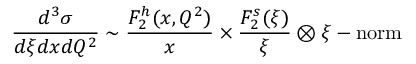
\frac { d ^ { 3 } \sigma } { d \xi d x d Q ^ { 2 } } \sim \frac { F _ { 2 } ^ { h } ( x , Q ^ { 2 } ) } { x } \times \frac { F _ { 2 } ^ { s } ( \xi ) } { \xi } \otimes \xi - \mathrm { n o r m }